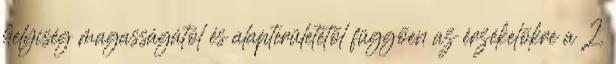
helyiség magasságától és alapterületétõl függõen az érzékelõkre a 2.